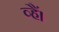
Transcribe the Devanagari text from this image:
व्हैं।